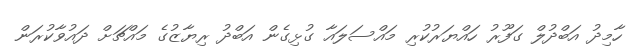
ހާމިދު އަބްދުލް ގަފޫރު ހައްޔަރުކުރި މައްސަލައާ ގުޅިގެން އަބްދު ރިޔާޒުގެ މައްޗަށް ދައުވާކުރަން